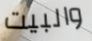
والبيت